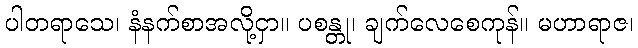
ပါတရာသေ၊ နံနက်စာအလို့ငှာ။ ပစန္တု၊ ချက်လေစေကုန်။ မဟာရာဇ၊